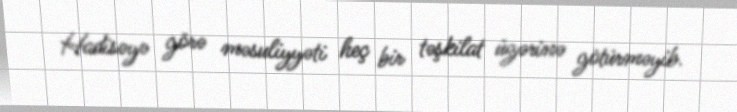
Hadisəyə görə məsuliyyəti heç bir təşkilat üzərinə götürməyib.